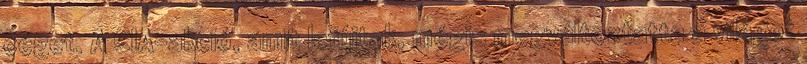
céget. A CIA-akció, amit lefújtak, mégis megváltoztatta a világot